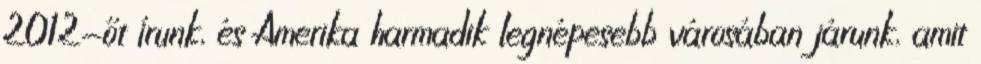
2012-őt írunk, és Amerika harmadik legnépesebb városában járunk, amit